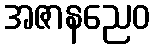
အဇာနညေဝ